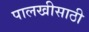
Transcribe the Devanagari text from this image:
पालखीसाठी